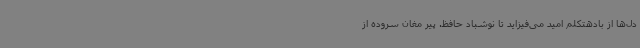
دل‌ها از بادهتکلم امید می‌فیزاید تا نوشباد حافظ. پیر مغان سروده از